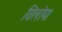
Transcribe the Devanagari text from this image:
विलोप।